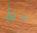
ماذا